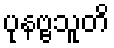
ပုနဗ္ဗသူတိ